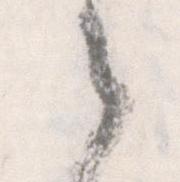
之